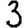
Digit: 3